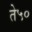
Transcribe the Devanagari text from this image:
ते५०